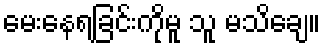
မေးနေရခြင်းကိုမူ သူ မသိချေ။